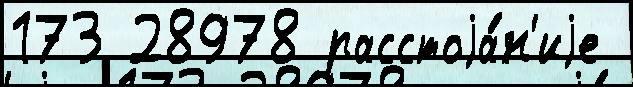
173 28978 расстоjа́н'иjе